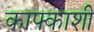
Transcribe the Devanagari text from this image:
काफ्काशी